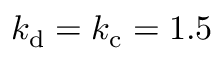
k _ { \mathrm { d } } = k _ { \mathrm { c } } = 1 . 5